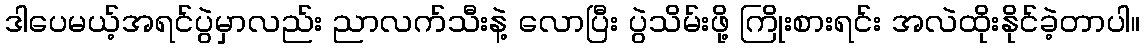
ဒါပေမယ့်အရင်ပွဲမှာလည်း ညာလက်သီးနဲ့ လောပြီး ပွဲသိမ်းဖို့ ကြိုးစားရင်း အလဲထိုးနိုင်ခဲ့တာပါ။